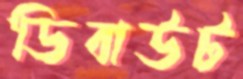
ডিবাউট